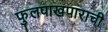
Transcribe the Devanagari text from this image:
फुलपाखपाराची